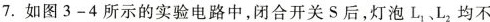
7.如图3-4所示的实验电路中，闭合开关S后，灯泡L_{1}、L_{2}均不